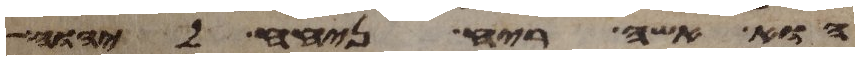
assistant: הוא אשה ריח ניחח ליהוה